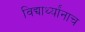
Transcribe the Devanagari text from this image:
विद्यार्थ्यांनाच